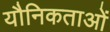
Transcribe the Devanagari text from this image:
यौनिकताओं